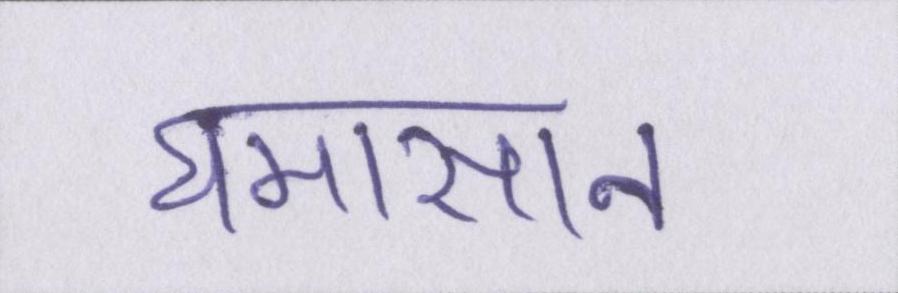
घमासान